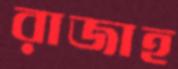
রাজাহ